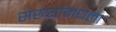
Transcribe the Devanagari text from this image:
संख्यांमधला